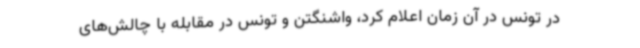
در تونس در آن زمان اعلام کرد، واشنگتن و تونس در مقابله با چالش‌های